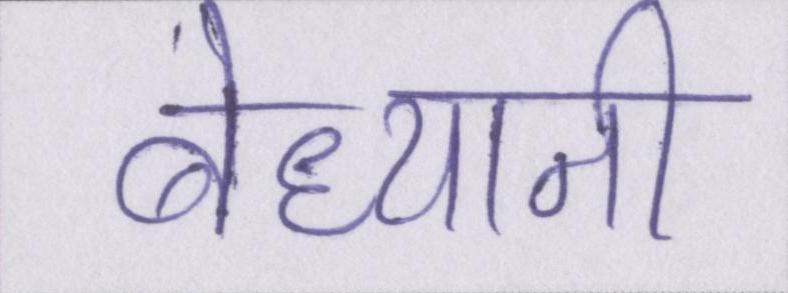
बेध्यानी